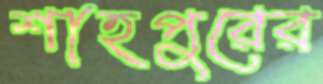
শাহপুরের